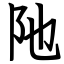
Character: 阤